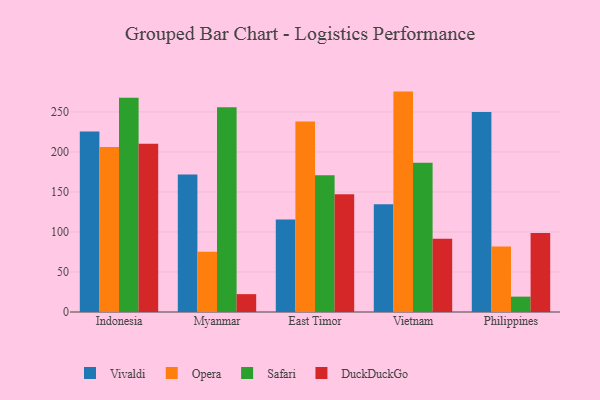
{"axis": {"x": "Country", "y": "Churn Rate (%)"}, "legend": ["DuckDuckGo", "Opera", "Safari", "Vivaldi"], "data": [{"x": "Indonesia", "y": 225.6, "type": "Vivaldi"}, {"x": "Indonesia", "y": 206.1, "type": "Opera"}, {"x": "Indonesia", "y": 267.7, "type": "Safari"}, {"x": "Indonesia", "y": 210.1, "type": "DuckDuckGo"}, {"x": "Myanmar", "y": 171.9, "type": "Vivaldi"}, {"x": "Myanmar", "y": 75.3, "type": "Opera"}, {"x": "Myanmar", "y": 255.8, "type": "Safari"}, {"x": "Myanmar", "y": 22.3, "type": "DuckDuckGo"}, {"x": "East Timor", "y": 115.7, "type": "Vivaldi"}, {"x": "East Timor", "y": 238.0, "type": "Opera"}, {"x": "East Timor", "y": 171.0, "type": "Safari"}, {"x": "East Timor", "y": 147.0, "type": "DuckDuckGo"}, {"x": "Vietnam", "y": 134.7, "type": "Vivaldi"}, {"x": "Vietnam", "y": 275.4, "type": "Opera"}, {"x": "Vietnam", "y": 186.5, "type": "Safari"}, {"x": "Vietnam", "y": 91.5, "type": "DuckDuckGo"}, {"x": "Philippines", "y": 250.0, "type": "Vivaldi"}, {"x": "Philippines", "y": 81.7, "type": "Opera"}, {"x": "Philippines", "y": 19.2, "type": "Safari"}, {"x": "Philippines", "y": 98.7, "type": "DuckDuckGo"}]}